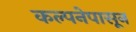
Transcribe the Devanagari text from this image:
कल्पनेपासून